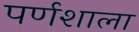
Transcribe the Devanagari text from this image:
पर्णशाला